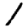
Digit: 1